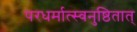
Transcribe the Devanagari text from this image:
परधर्मात्स्वनुष्ठितात्